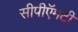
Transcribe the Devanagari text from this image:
सीपीऍमटी